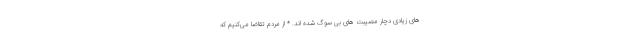
های زیادی دچار مصیبت های بی سوگ شده اند. * از مردم تقاضا می‌کنیم که